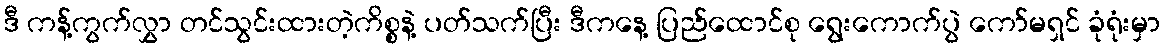
ဒီ ကန့်ကွက်လွှာ တင်သွင်းထားတဲ့ကိစ္စနဲ့ ပတ်သက်ပြီး ဒီကနေ့ ပြည်ထောင်စု ရွေးကောက်ပွဲ ကော်မရှင် ခုံရုံးမှာ